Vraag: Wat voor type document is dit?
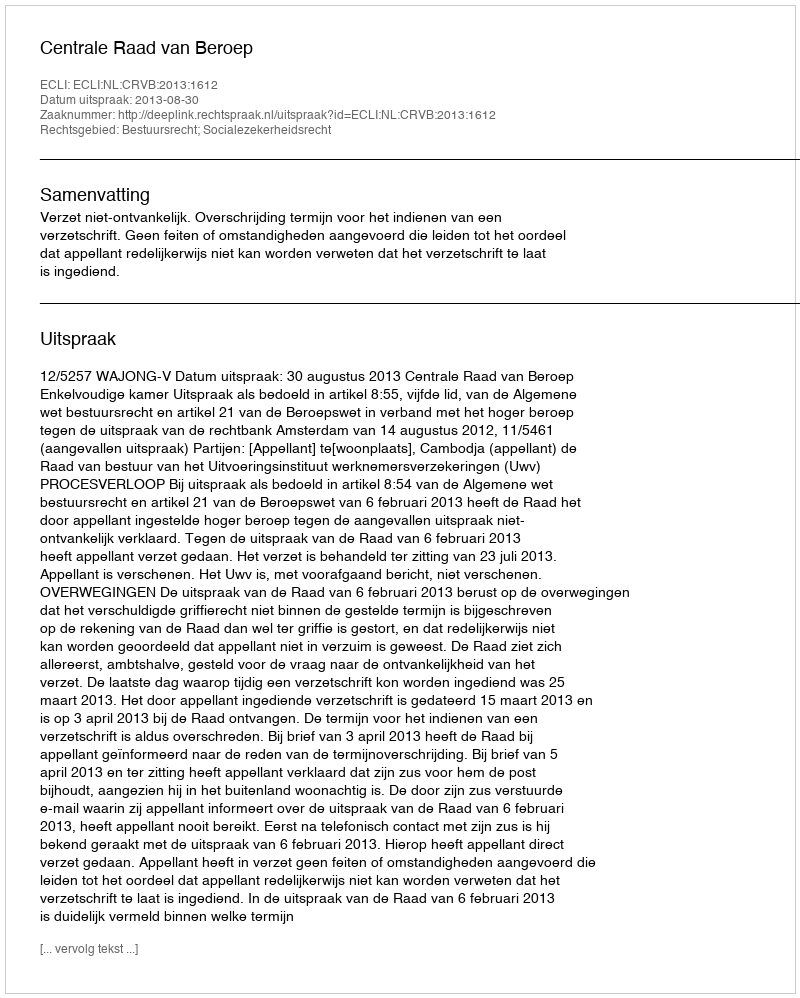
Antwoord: Uitspraak